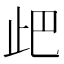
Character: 𣥘